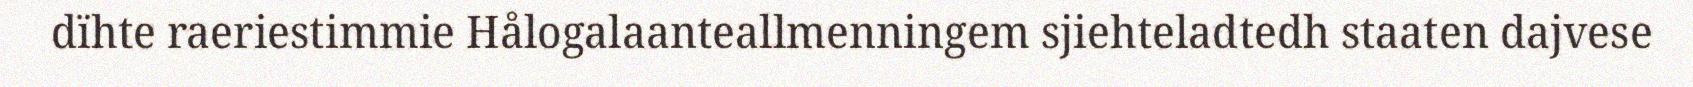
dïhte raeriestimmie Hålogalaanteallmenningem sjiehteladtedh staaten dajvese